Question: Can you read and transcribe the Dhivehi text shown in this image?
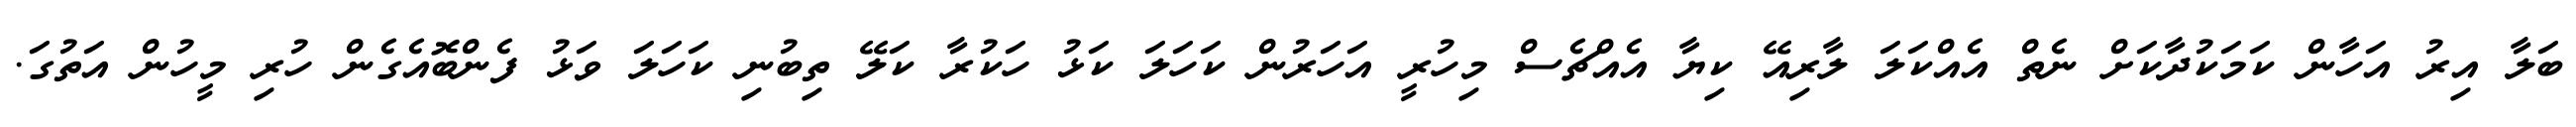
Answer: ބަލާ އިރު އަހާން ކަމަކުދާކަށް ނެތް އެއްކަލަ ލާރިއޭ ކިޔާ އެއްޗެސް މިހުރީ އަހަރުން ކަހަލަ ކަޅު ހަކުރާ ކަލޭ ތިބުނި ކަހަލަ ވަޅު ފެންބޮއެގެން ހުރި މީހުން އަތުގަ.